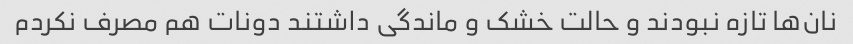
نان‌ها تازه نبودند و حالت خشک و ماندگی داشتند دونات هم مصرف نکردم